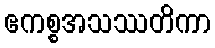
ဧကစ္စအသဿတိကာ